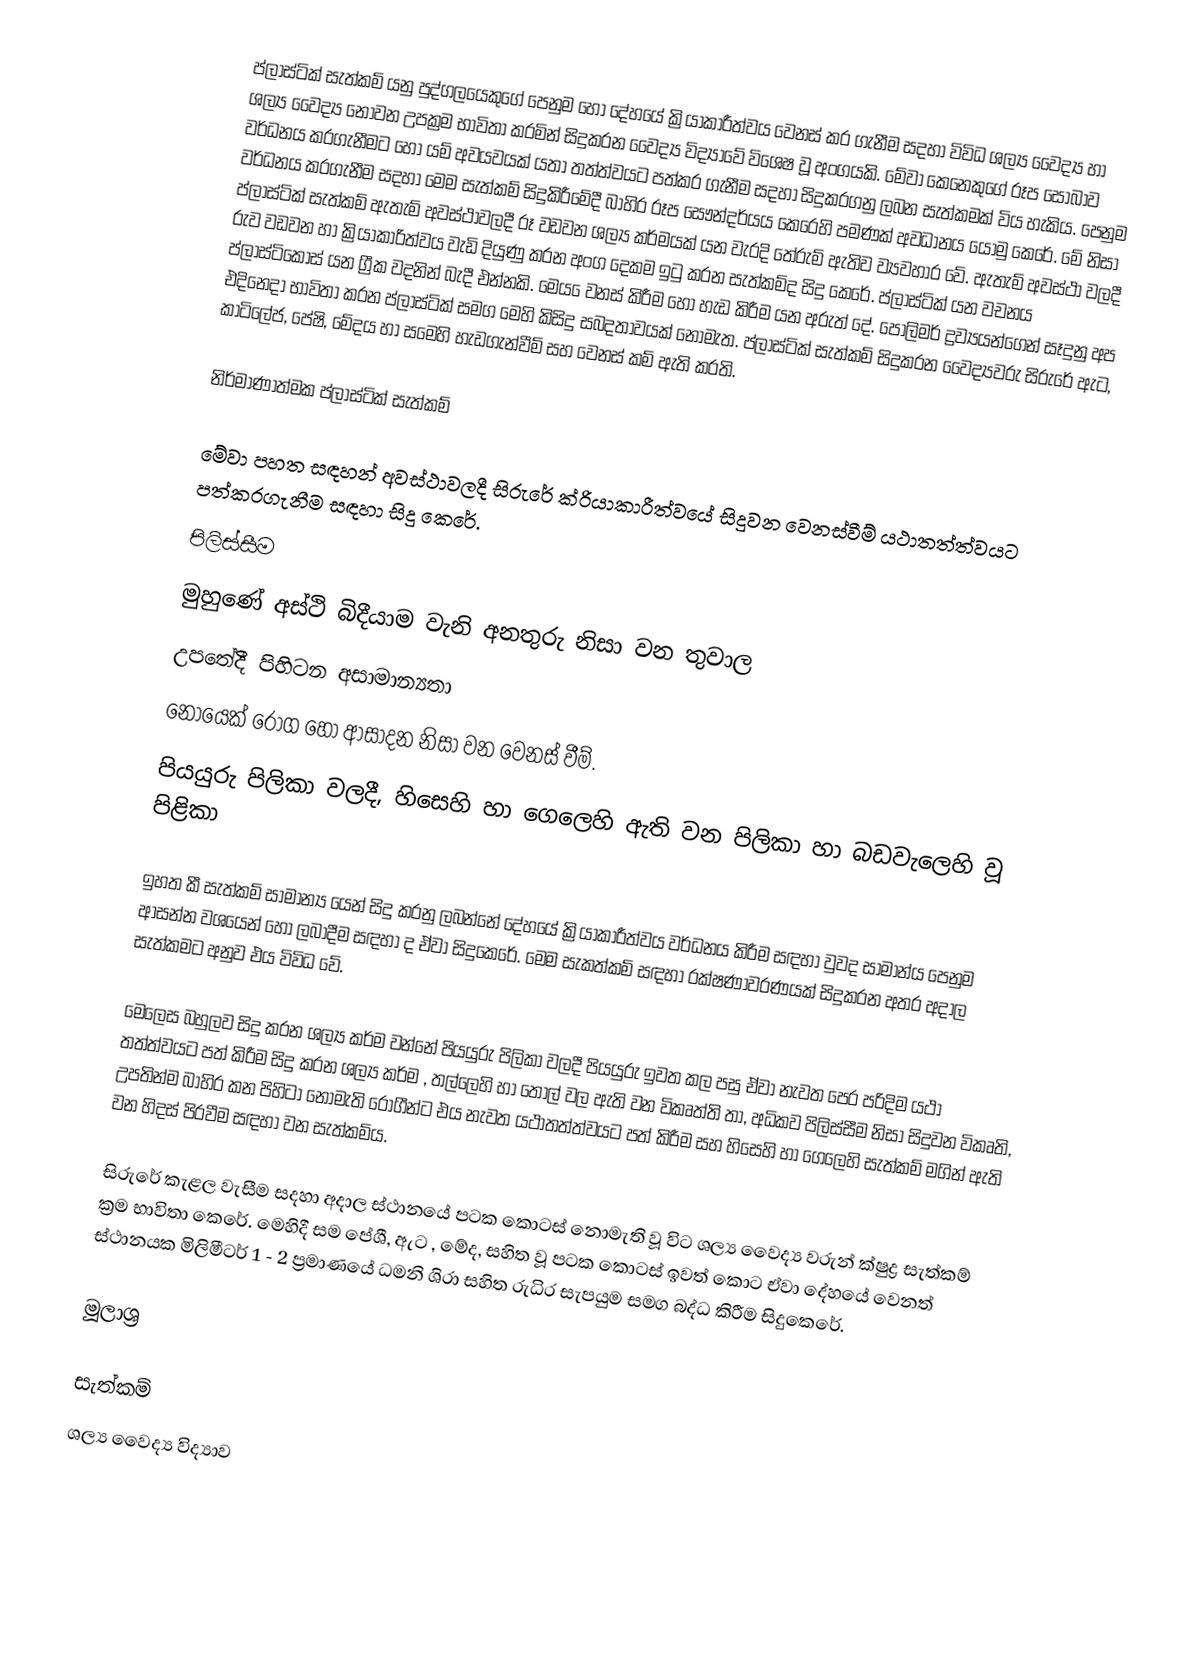
ප්ලාස්ටික් සැත්කම් යනු පුද්ගලයෙකුගේ පෙනුම හෝ  දේහයේ ක්‍රියාකාරීත්වය වෙනස් කර ගැනීම සදහා විවිධ ශල්‍ය වෛද්‍ය හා ශල්‍ය වෛද්‍ය නොවන උපක්‍රම භාවිතා කරමින් සිදුකරන වෛද්‍ය විද්‍යාවේ විශෙ‍්ෂ වූ අංගයකි. මේවා කෙනෙකුගේ රූප සෝබාව වර්ධනය කරගැනීමට හෝ යම් අවයවයක්  යතා තත්ත්වයට පත්කර ගැනීම සදහා සිදුකරගනු ලබන සැත්කමක් විය හැකිය. පෙනුම වර්ධනය කරගැනීම සදහා මෙම සැත්කම් සිදුකිරීමේදී බාහිර රූප සෞන්දර්යය කෙරෙහි පමණක් අවධානය යොමු  කෙරේ. මේ නිසා ප්ලාස්ටික් සැත්කම් ඇතැම් අවස්ථාවලදී රූ වඩවන ශල්‍ය කර්මයක් යන වැරදි තේරුම් ඇතිව ව්‍යවහාර වේ. ඇතැම් අවස්ථා වලදී රුව වඩවන හා ක්‍රියාකාරිත්වය වැඩි දියුණු කරන අංග දෙකම ඉටු කරන සැත්කම්ද සිදු කෙරේ. ප්ලාස්ටික් යන වචනය ප්ලාස්ටිකොස් යන ග්‍රීක වදනින් බැදී එන්නකි. මෙය ‍ෙවනස් කිරීම හෝ හැඩ කිරීම යන අරුත් දේ. පොලිමර් ද්‍රව්‍යයන්ගෙන් සෑදුනු  අප එදිනෙදා භාවිතා කරන ප්ලාස්ටික් සමග මෙහි කිසිදු සබදතාවයක් නොමැත. ප්ලාස්ටික් සැත්කම් සිදුකරන වෛද්‍යවරු සිරුරේ ඇට, කාටිලේජ, පේෂි, මේදය හා සමෙහි හැඩගැන්වීම් සහ වෙනස් කම් ඇති කරති.

නිර්මාණාත්මක ප්ලාස්ටික් සැත්කම්

මේවා පහත සඳහන් අවස්ථාවලදී සිරුරේ ක්රියාකාරීත්වයේ සිදුවන වෙනස්වීම් යථාතත්ත්වයට පත්කරගැනීම සඳහා සිදු කෙරේ.
	පිලිස්සීම
	මුහුණේ අස්ථි බිදීයාම වැනි අනතුරු නිසා වන තුවාල
	උපතේදී පිහිටන අසාමාන්‍යතා
	නොයෙක් රෝග හෝ ආසාදන නිසා වන වෙනස් වීම්.
	පියයුරු පිලිකා වලදී, හිසෙහි හා ගෙලෙහි ඇති වන පිලිකා හා බඩවැලෙහි වූ පිළිකා

ඉහත කී සැත්කම් සාමාන්‍ය යෙන් සිදු කරනු ලබන්නේ දේහයේ ක්‍රියාකාරීත්වය වර්ධනය  කිරීම සඳහා වුවද සාමාන්ය පෙනුම ආසන්න වශයෙන් හෝ ලබාදීම සඳහා ද ඒවා සිදුකෙරේ. මෙම සැකත්කම් සඳහා රක්ෂණාවරණයක් සිදුකරන අතර අදාල සැත්කමට අනුව එය විවිධ වේ.

මෙලෙස බහුලව සිදු කරන ශල්‍ය කර්ම වන්නේ පියයුරු පිලිකා වලදී පියයුරු ඉවත කල පසු ඒවා නැවත පෙර පරිදිම යථා තත්ත්වයට පත් කිරීම සිදු කරන ශල්‍ය කර්ම , තල්ලෙහි හා තොල් වල ඇති වන විකෘත්ති තා, අධිකව පිලිස්සීම නිසා සිදුවන විකෘති, උපතින්ම බාහිර කන පිහිටා නොමැති රෝගීන්ට එය නැවත යථාතත්ත්වයට පත් කිරීම සහ හිසෙහි හා ගෙලෙහි සැත්කම් මගින් ඇති වන හිදස් පිරවීම සඳහා වන සැත්කම්ය.

සිරුරේ කැළල වැසීම සදහා අදාල ස්ථානයේ පටක කොටස් නොමැති වූ විට ශල්‍ය වෛද්‍ය වරුන්  ක්ෂුද්‍ර සැත්කම් ක්‍රම භාවිතා කෙරේ. මෙහිදී සම පේශී, ඇට , මේද, සහිත වූ පටක කොටස් ඉවත් කොට ඒවා දේහයේ වෙනත් ස්ථානයක මිලිමීටර් 1 - 2 ප්‍රමාණයේ ධමනි ශිරා සහිත රුධිර සැපයුම සමග බද්ධ  කිරීම සිදුකෙරේ.

මූලාශ්‍ර

සැත්කම්
ශල්‍ය වෛද්‍ය විද්‍යාව